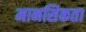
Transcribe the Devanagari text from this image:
मानसिकता